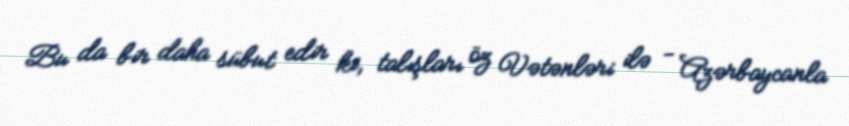
Bu da bir daha sübut edir ki, talışları öz Vətənləri ilə - Azərbaycanla